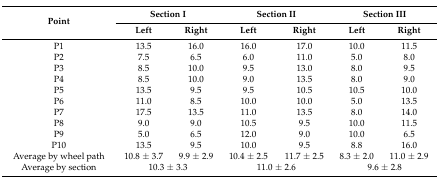
<table><thead><tr><td rowspan="2"><b>Point</b></td><td colspan="2"><b>Section I</b></td><td colspan="2"><b>Section II</b></td><td colspan="2"><b>Section III</b></td></tr><tr><td><b>Left</b></td><td><b>Right</b></td><td><b>Left</b></td><td><b>Right</b></td><td><b>Left</b></td><td><b>Right</b></td></tr></thead><tbody><tr><td>P1</td><td>13.5</td><td>16.0</td><td>16.0</td><td>17.0</td><td>10.0</td><td>11.5</td></tr><tr><td>P2</td><td>7.5</td><td>6.5</td><td>6.0</td><td>11.0</td><td>5.0</td><td>8.0</td></tr><tr><td>P3</td><td>8.5</td><td>10.0</td><td>9.5</td><td>13.0</td><td>8.0</td><td>9.5</td></tr><tr><td>P4</td><td>8.5</td><td>10.0</td><td>9.0</td><td>13.5</td><td>8.0</td><td>9.0</td></tr><tr><td>P5</td><td>13.5</td><td>9.5</td><td>9.5</td><td>10.5</td><td>10.5</td><td>10.0</td></tr><tr><td>P6</td><td>11.0</td><td>8.5</td><td>10.0</td><td>10.0</td><td>5.0</td><td>13.5</td></tr><tr><td>P7</td><td>17.5</td><td>13.5</td><td>11.0</td><td>13.5</td><td>8.0</td><td>14.0</td></tr><tr><td>P8</td><td>9.0</td><td>9.0</td><td>10.5</td><td>9.5</td><td>10.0</td><td>11.5</td></tr><tr><td>P9</td><td>5.0</td><td>6.5</td><td>12.0</td><td>9.0</td><td>10.0</td><td>6.5</td></tr><tr><td>P10</td><td>13.5</td><td>9.5</td><td>10.0</td><td>9.5</td><td>8.8</td><td>16.0</td></tr><tr><td>Average by wheel path</td><td>10.8 ± 3.7</td><td>9.9 ± 2.9</td><td>10.4 ± 2.5</td><td>11.7 ± 2.5</td><td>8.3 ± 2.0</td><td>11.0 ± 2.9</td></tr><tr><td>Average by section</td><td colspan="2">10.3 ± 3.3</td><td colspan="2">11.0 ± 2.6</td><td colspan="2">9.6 ± 2.8</td></tr></tbody></table>